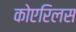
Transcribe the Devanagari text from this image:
कोएरिलस